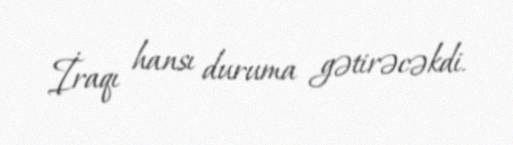
İraqı hansı duruma gətirəcəkdi.